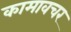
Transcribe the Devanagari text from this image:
कामावचर